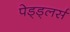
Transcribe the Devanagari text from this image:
पेड्ड्लर्स